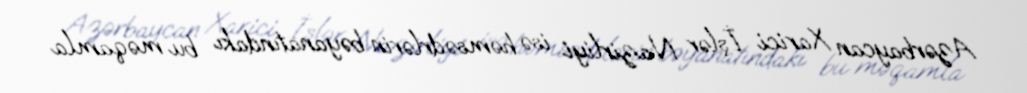
Azərbaycan Xarici İşlər Nazirliyi isə həmsədrlərin bəyanatındakı bu məqamla